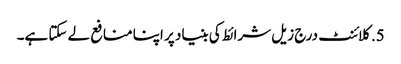
5. کلائنٹ درج زیل شرائط کی بنیاد پر اپنا منافع لے سکتا ہے۔